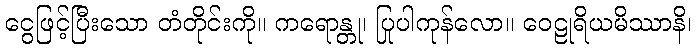
ငွေဖြင့်ပြီးသော တံတိုင်းကို။ ကရောန္တု၊ ပြုပါကုန်လော။ ဝေဠုရိယမိဿာနိ၊